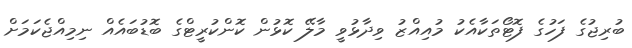
ބުރިޖުގެ ފަހުގެ ފޮޓޯތަކާއެކު މުއިއްޒު ވިދާޅުވީ މާލޭ ކޮޅުން ކޮންކުރީޓްގެ ބޮޑުބައެއް ނިމިއްޖެކަމަށް